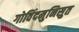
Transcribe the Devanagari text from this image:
गोविंदमुनिसुत